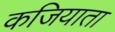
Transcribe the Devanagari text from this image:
कजियाता